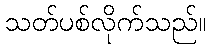
သတ်ပစ်လိုက်သည်။